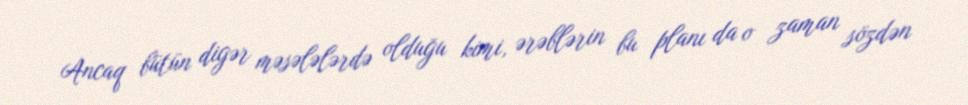
Ancaq bütün digər məsələlərdə olduğu kimi, ərəblərin bu planı da o zaman sözdən